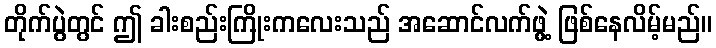
တိုက်ပွဲတွင် ဤ ခါးစည်းကြိုးကလေးသည် အဆောင်လက်ဖွဲ့ ဖြစ်နေလိမ့်မည်။